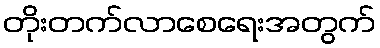
တိုးတက်လာစေရေးအတွက်